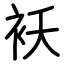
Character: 袄